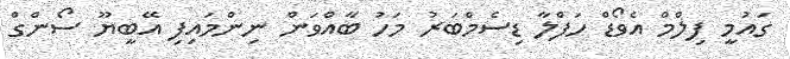
ގައުމީ ފިލްމް އެވޯޑް ހަފްލާ ޑިސެމްބަރު މަހު ބާއްވަން ނިންމައިފި އޭބީޔޫ ސޯންގް